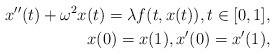
LaTeX: \begin{align*}x''(t)+\omega^2 x(t)=\lambda f(t,x(t)), t \in [0,1], \\x(0)=x(1), x'(0)=x'(1),\end{align*}